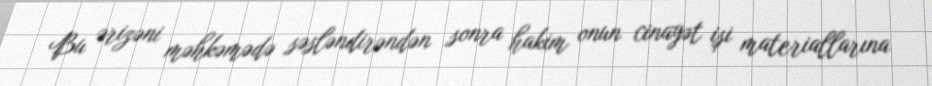
Bu ərizəni məhkəmədə səsləndirəndən sonra hakim onun cinayət işi materiallarına